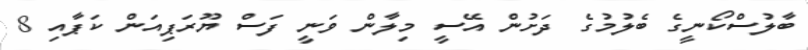
ބާލުސްކޯނީގެ ބެލުމުގެ ދަށުން އޭސީ މިލާން ވަނީ ފަސް ޔޫރަޕިއަން ކަޕާއި 8